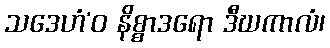
သဒေဟံ’ဝ နိစ္စာဒရော ဒီဃကာလံ၊